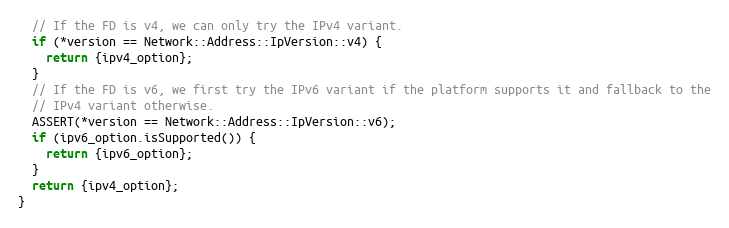
Language: C++
  // If the FD is v4, we can only try the IPv4 variant.
  if (*version == Network::Address::IpVersion::v4) {
    return {ipv4_option};
  }
  // If the FD is v6, we first try the IPv6 variant if the platform supports it and fallback to the
  // IPv4 variant otherwise.
  ASSERT(*version == Network::Address::IpVersion::v6);
  if (ipv6_option.isSupported()) {
    return {ipv6_option};
  }
  return {ipv4_option};
}